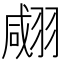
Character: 𦑘